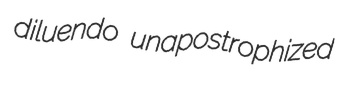
diluendo unapostrophized